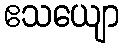
ဧသယျော